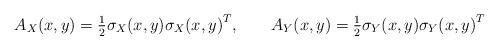
LaTeX: \begin{align*} A_X(x, y) &= \tfrac12 \sigma_X(x, y) {\sigma_X(x, y)}^T, & A_Y(x, y) &= \tfrac12 \sigma_Y(x, y) {\sigma_Y(x, y)}^T\end{align*}